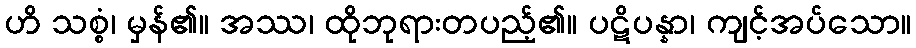
ဟိ သစ္စံ၊ မှန်၏။ အဿ၊ ထိုဘုရားတပည့်၏။ ပဋိပန္နာ၊ ကျင့်အပ်သော။